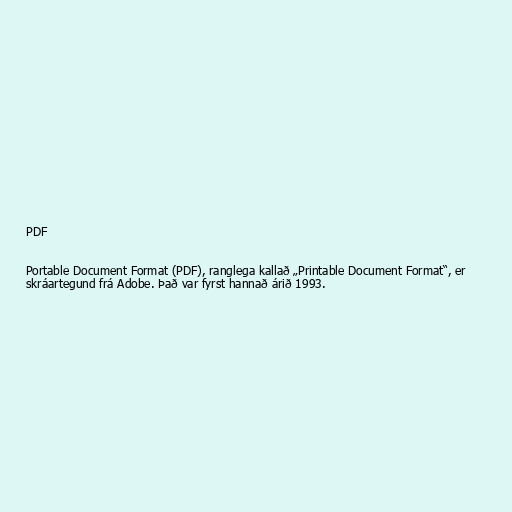
PDF

Portable Document Format (PDF), ranglega kallað „Printable Document Format“, er
skráartegund frá Adobe. Það var fyrst hannað árið 1993.